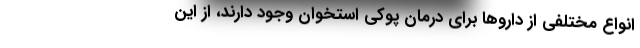
انواع مختلفی از داروها برای درمان پوکی استخوان وجود دارند، از این